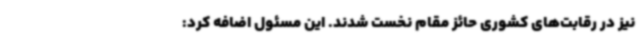
نیز در رقابت‌های کشوری حائز مقام نخست شدند. این مسئول اضافه کرد: